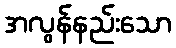
အလွန်နည်းသော